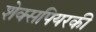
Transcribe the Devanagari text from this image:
शेक्सपियरकी